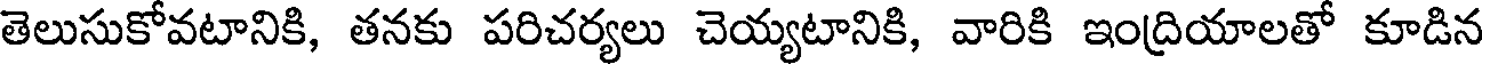
తెలుసుకోవటానికి, తనకు పరిచర్యలు చెయ్యటానికి, వారికి ఇంద్రియాలతో కూడిన